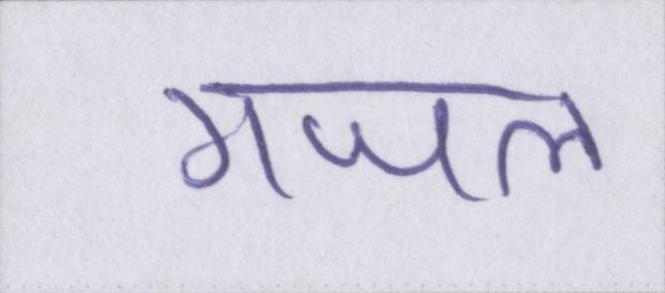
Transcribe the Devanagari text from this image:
गजल